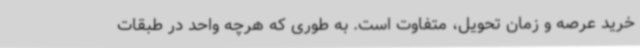
خرید عرصه و زمان تحویل، متفاوت است. به طوری که هرچه واحد در طبقات